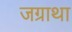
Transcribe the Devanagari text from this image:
जग्राथा